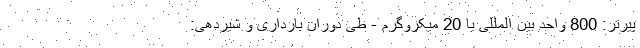
پیرتر: 800 واحد بین المللی یا 20 میکروگرم - طی دوران بارداری و شیردهی: